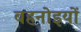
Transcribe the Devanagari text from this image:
बहनोइयों